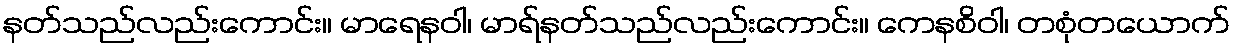
နတ်သည်လည်းကောင်း။ မာရေနဝါ၊ မာရ်နတ်သည်လည်းကောင်း။ ကေနစိဝါ၊ တစုံတယောက်